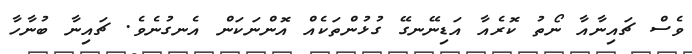
ވެސް ޗައިނާއާ ނޯތު ކޮރެއާ އަޑިނޭނގޭ ގުޅުންތަކެއް އޮންނަކަން އެނގުނެވެ. ޗައިނާ ބުނާހާ